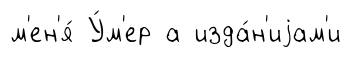
м'ен'я́ У́м'ер а изда́н'иjам'и